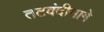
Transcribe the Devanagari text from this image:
तटबंदीमागे